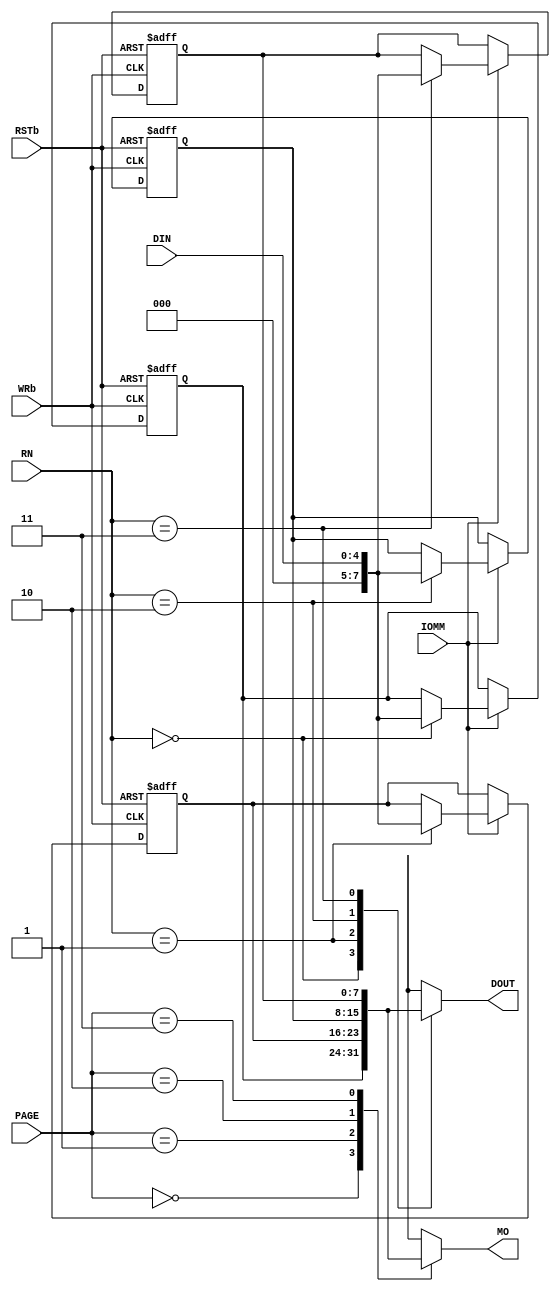
// Project: MSX2 Compatible Game Console
// Created by Kevin Cho
// Santa Clara, USA
// ckevin@hanmail.net
// Under GNU GPL 3.0 Lincense

module ramMapper (
	input RSTb,
	input [4:0] DIN,
	input IOMM,			// Mapper IO Asserted  FC thru FFh
	input WRb,
	input [1:0] RN,	// Mapper Designator
	input [1:0] PAGE,		// Page 
	
	output reg [7:0] DOUT,
	output reg [7:0] MO		// RAM Selector
);
	
	// Memory Mapper
	reg [7:0] regFC, regFD, regFE, regFF;
	
	always @( negedge RSTb or negedge WRb)
	if (~RSTb)
	begin	
		regFC <= 8'b00000000;
		regFD <= 8'b00000001;
		regFE <= 8'b00000010;
		regFF <= 8'b00000011;
	end
	else
		if (IOMM)
		case (RN)
			2'b00: regFC <= DIN;
			2'b01: regFD <= DIN;
			2'b10: regFE <= DIN;
			2'b11: regFF <= DIN;
		endcase	

	// Memory Mapper MUX for reading
	always @(*)
	case (RN)
		2'b00: DOUT = regFC;
		2'b01: DOUT = regFD;
		2'b10: DOUT = regFE;
		2'b11: DOUT = regFF;
	endcase
	
	// Memory Mapper MUX for reading
	always @(*)
	case (PAGE)
		2'b00: MO = regFC;
		2'b01: MO = regFD;
		2'b10: MO = regFE;
		2'b11: MO = regFF;
	endcase

endmodule